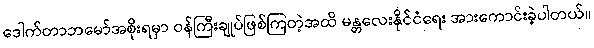
ဒေါက်တာဘမော်အစိုးရမှာ ဝန်ကြီးချုပ်ဖြစ်ကြတဲ့အထိ မန္တလေးနိုင်ငံရေး အားကောင်းခဲ့ပါတယ်။